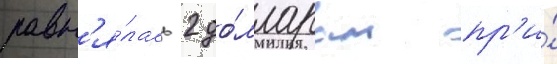
равн'я́лась 2 до́лларам пр'и́